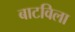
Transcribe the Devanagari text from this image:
बाटविला